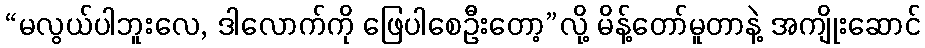
“မလွယ်ပါဘူးလေ, ဒါလောက်ကို ဖြေပါစေဦးတော့”လို့ မိန့်တော်မူတာနဲ့ အကျိုးဆောင်